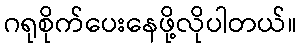
ဂရုစိုက်ပေးနေဖို့လိုပါတယ်။